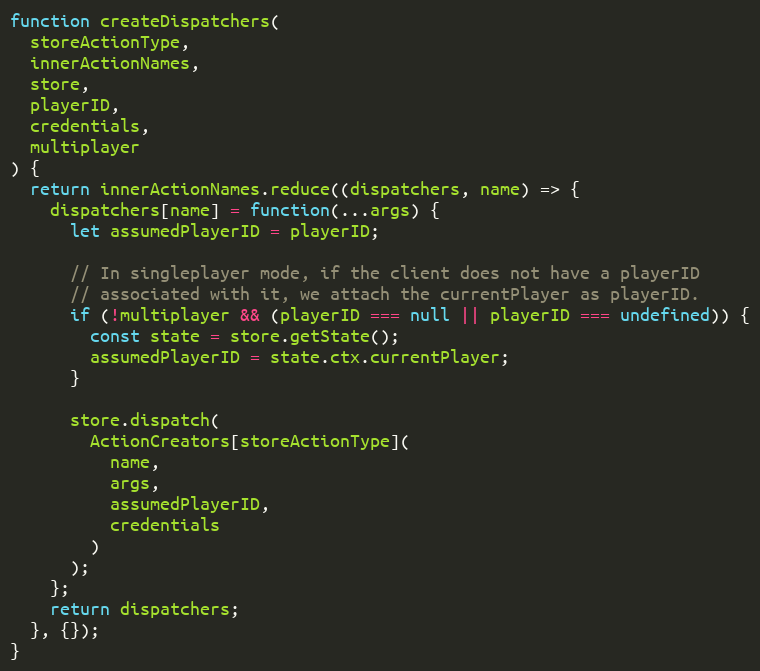
Language: JavaScript
function createDispatchers(
  storeActionType,
  innerActionNames,
  store,
  playerID,
  credentials,
  multiplayer
) {
  return innerActionNames.reduce((dispatchers, name) => {
    dispatchers[name] = function(...args) {
      let assumedPlayerID = playerID;

      // In singleplayer mode, if the client does not have a playerID
      // associated with it, we attach the currentPlayer as playerID.
      if (!multiplayer && (playerID === null || playerID === undefined)) {
        const state = store.getState();
        assumedPlayerID = state.ctx.currentPlayer;
      }

      store.dispatch(
        ActionCreators[storeActionType](
          name,
          args,
          assumedPlayerID,
          credentials
        )
      );
    };
    return dispatchers;
  }, {});
}